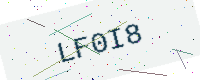
Text: LF0I8